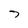
Character: 7